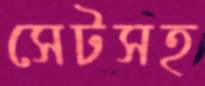
সেটসহ